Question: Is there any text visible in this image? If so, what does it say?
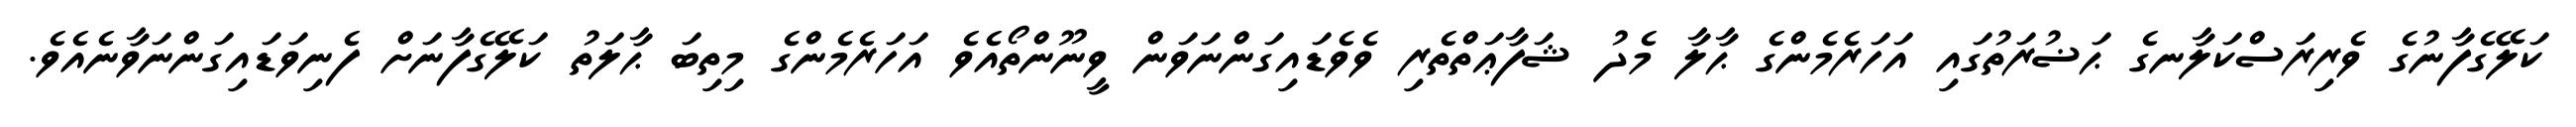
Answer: ކަލޭގެފާނުގެ ވެރިރަސްކަލާނގެ ޙަޟުރަތުގައި އަހަރެމެންގެ ޙާލާ މެދު ޝަފާޢަތްތެރި ވެވެޑައިގަންނަވަން ވީނޫންތޯއެވެ އަހަރެމެންގެ މިތިބަ ޙާލަތު ކަލޭގެފާނަށް ފެނިވަޑައިގަންނަވާނެއެވެ.